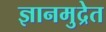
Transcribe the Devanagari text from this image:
ज्ञानमुद्रेत